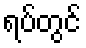
ရပ်တွင်